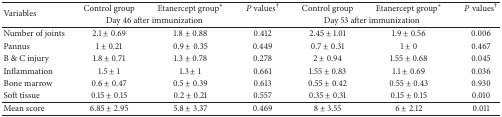
<table><thead><tr><td rowspan="2"><b>Variables</b></td><td><b>Control group</b></td><td><b>Etanercept group<sup>*</sup></b></td><td><b><i>P</i> values<sup>†</sup></b></td><td><b>Control group</b></td><td><b>Etanercept group<sup>*</sup></b></td><td><b><i>P</i> values<sup>†</sup></b></td></tr><tr><td colspan="2"><b>Day 46 after immunization</b></td><td><b> </b></td><td colspan="2"><b>Day 53 after immunization</b></td><td><b> </b></td></tr></thead><tbody><tr><td>Number of joints</td><td>2.1 ± 0.69</td><td>1.8 ± 0.88</td><td>0.412</td><td>2.45 ± 1.01</td><td>1.9 ± 0.56</td><td>0.006</td></tr><tr><td>Pannus</td><td>1 ± 0.21</td><td>0.9 ± 0.35</td><td>0.449</td><td>0.7 ± 0.31</td><td>1 ± 0</td><td>0.467</td></tr><tr><td>B &amp; C injury</td><td>1.8 ± 0.71</td><td>1.3 ± 0.78</td><td>0.278</td><td>2 ± 0.94</td><td>1.55 ± 0.68</td><td>0.045</td></tr><tr><td>Inflammation</td><td>1.5 ± 1</td><td>1.3 ± 1</td><td>0.661</td><td>1.55 ± 0.83</td><td>1.1 ± 0.69</td><td>0.036</td></tr><tr><td>Bone marrow</td><td>0.6 ± 0.47</td><td>0.5 ± 0.39</td><td>0.613</td><td>0.55 ± 0.42</td><td>0.55 ± 0.43</td><td>0.930</td></tr><tr><td>Soft tissue</td><td>0.15 ± 0.15</td><td>0.2 ± 0.21</td><td>0.557</td><td>0.35 ± 0.31</td><td>0.15 ± 0.15</td><td>0.010</td></tr><tr><td>Mean score</td><td>6.85 ± 2.95</td><td>5.8 ± 3.37</td><td>0.469</td><td>8 ± 3.55</td><td>6 ± 2.12</td><td>0.011</td></tr></tbody></table>